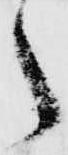
之